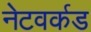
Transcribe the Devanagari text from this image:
नेटवर्कड